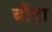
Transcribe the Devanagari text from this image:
बौदा